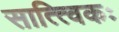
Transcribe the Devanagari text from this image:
सात्त्विकः